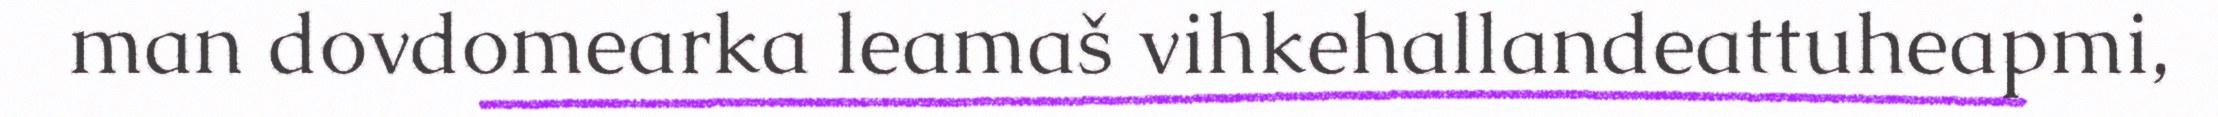
man dovdomearka leamaš vihkehallandeattuheapmi,